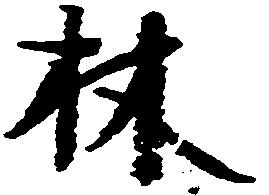
林